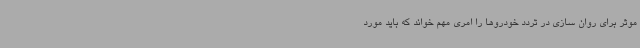
موثر برای روان سازی در تردد خودروها را امری مهم خواند که باید مورد